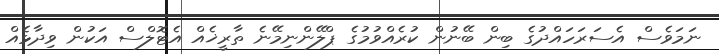
ނަމަވެސް އެސަރަހައްދުގެ ބިން ބޭނުން ކުރެއްވުމުގެ ޕްލޭންނިމޭނެ ތާރީޚެއް އެޓޮލްސް އަކުން ވިދާޅެއް